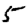
Digit: 5